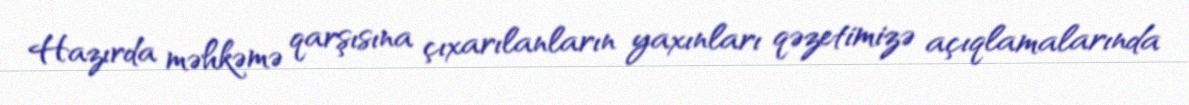
Hazırda məhkəmə qarşısına çıxarılanların yaxınları qəzetimizə açıqlamalarında